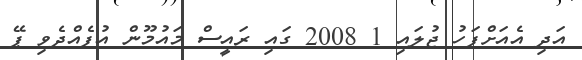
އަދި އެއަށްފަހު ޖުލައި 1 2008 ގައި ރައީސް މައުމޫން އުފެއްދެވި ޕޭ